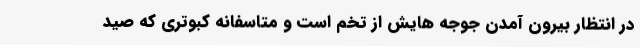
در انتظار بیرون آمدن جوجه هایش از تخم است و متاسفانه کبوتری که صید